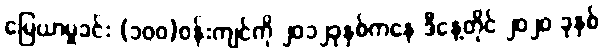
မြေယာမှုခင်း (၁၀၀)ဝန်းကျင်ကို ၂၀၁၂ခုနှစ်ကနေ ဒီနေ့တိုင် ၂၀၂၀ ခုနှစ်